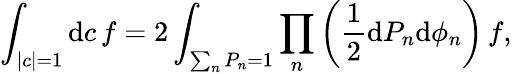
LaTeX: \int_{|c|=1}\mathrm{d}c\, f=2\int_{\sum_{n}P_{n}=1}\prod_{n}\left(\frac{1}{2}\mathrm{d}P_{n}\mathrm{d}\phi_{n}\right)\, f,